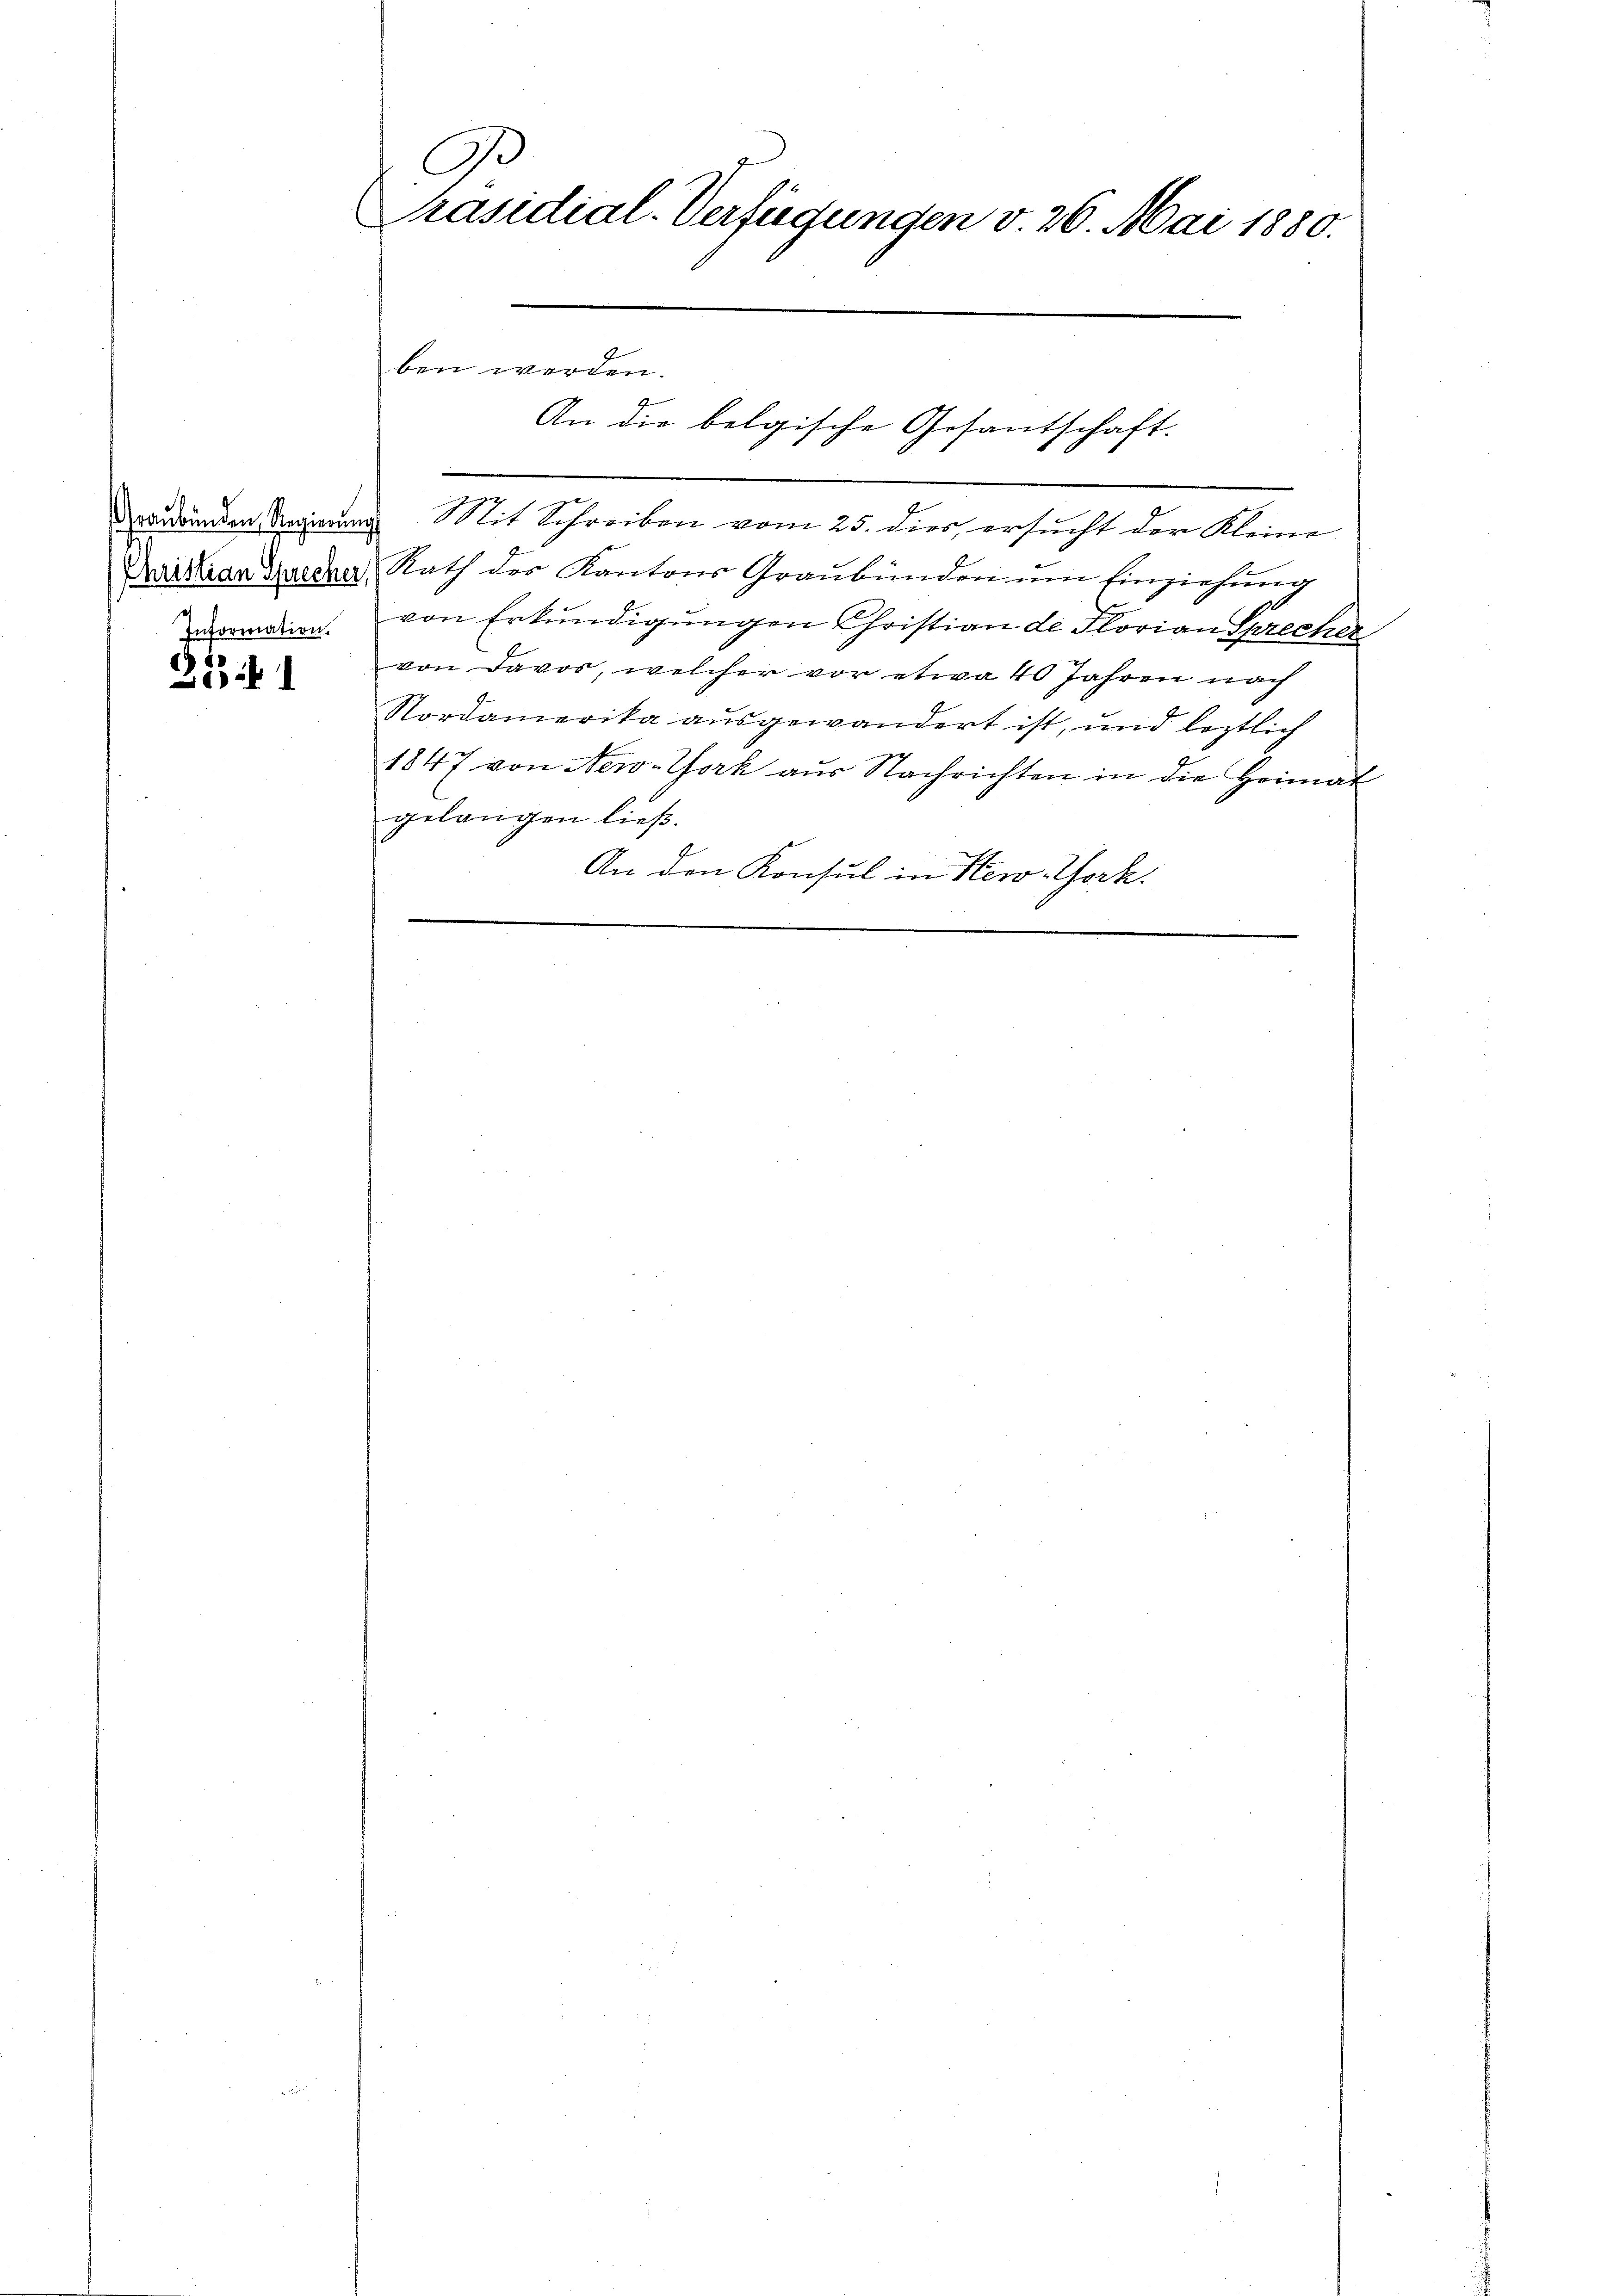
Information.

35 f 1

G.
Präsidial-Verfügungen v. 26. Mai 1880.

An die belgische Gesantschaft.

ben werden.

drackenden Regierung Mit Schreiben vom 25. dies ersucht der Kleine
Disaar Studen Rath der Kantons Graubünden ŭm Einziehung
von Erkŭndigŭngen Christian de Florian Sprecher
von Davos, welcher vor etwa 40 Jahren nach
Nordamerika ausgewandert ist, und leztlich
1847 von New-York aŭs Nachrichten in die Heimat
gelangen ließ.
An den Konsul in New-York.